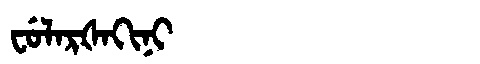
Manchu: ᠸᡠᠯᠠᡵᡧᠠᡴᡳᠨᡳ
Romanization: FULARŠAKINI